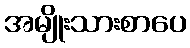
အမျိုးသားစာပေ